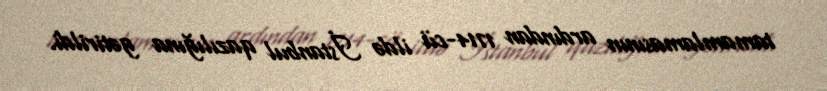
tamamlamasının ardından 1714-cü ildə İstanbul qazılığına gətirildi.